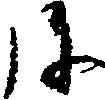
弥